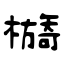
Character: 檹